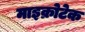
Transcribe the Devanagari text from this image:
माइक्रोटेक